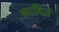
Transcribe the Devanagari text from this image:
साविर्त